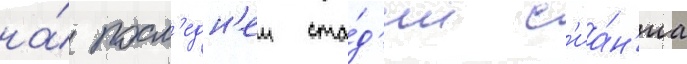
на́ посл'едн'еи ста́д'ии с'иа́н'иа